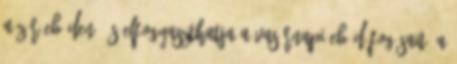
a záróebéden, és elfogyaszthatja a vasárnapi ebéd fogásait. A